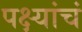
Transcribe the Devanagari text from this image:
पक्ष्यांचं